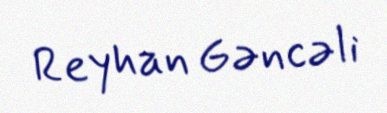
Reyhan Gəncəli